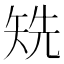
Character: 𥏌